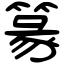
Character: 篆